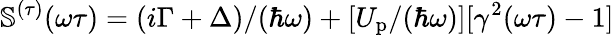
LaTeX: \mathbb{S}^{(\tau)}(\omega\tau)=(i\Gamma+\Delta)/(\hbar\omega)+[U_{\mathrm{p}}/(\hbar\omega)][\gamma^{2}(\omega\tau)-1]